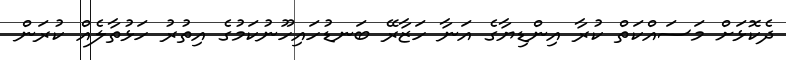
ދެކޮޅަށް މަސައްކަތް ކުރާ އިންޑިޔާގެ އަނާ ހަޒާރޭ ބަނޑުހައިހޫނުކަމުގެ އިތުރު ހަޅުތާލެއް ކުރަން